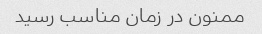
ممنون در زمان مناسب رسید